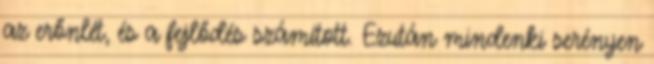
az erőnlét, és a fejlődés számított. Ezután mindenki serényen